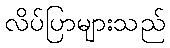
လိပ်ပြာများသည်